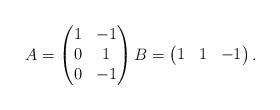
LaTeX: \begin{align*}A = \begin{pmatrix}1 & -1\\0 & 1\\0& - 1\end{pmatrix} B = \begin{pmatrix}1&1&-1\end{pmatrix}.\end{align*}